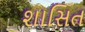
શાસિત